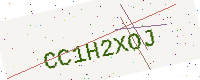
Text: CC1H2XOJ